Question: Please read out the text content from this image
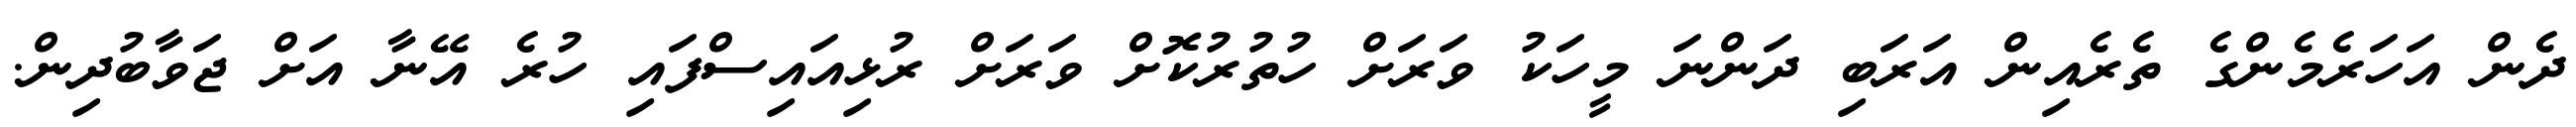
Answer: ދެން އަހަރެމެންގެ ތެރެއިން އަރަބި ދަންނަ މީހަކު ވަރަށް ހުތުރުކޮށް ވަރަށް ރުޅިއައިސްފައި ހުރެ އޭނާ އަށް ޖަވާބުދިން.